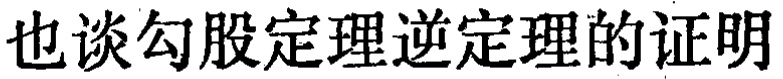
也谈勾股定理逆定理的证明